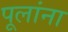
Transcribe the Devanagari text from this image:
पूलांना